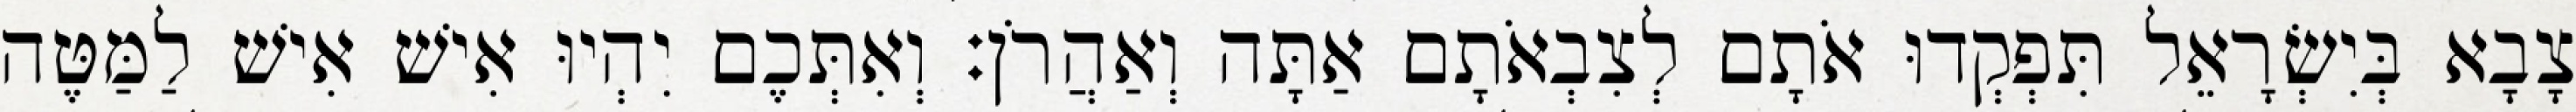
צָבָא בְּיִשְׂרָאֵל תִּפְקְדוּ אֹתָם לְצִבְאֹתָם אַתָּה וְאַהֲרֹן׃ וְאִתְּכֶם יִהְיוּ אִישׁ אִישׁ לַמַּטֶּה